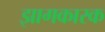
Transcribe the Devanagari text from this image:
झागकारक